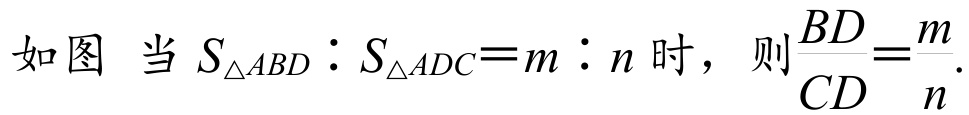
如图 当\(S_{\triangle ABD}:S_{\triangle ADC}=m:n\)时，则\(\frac{BD}{CD}=\frac{m}{n}\).